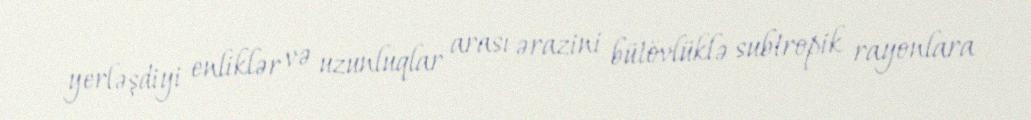
yerləşdiyi enliklər və uzunluqlar arası ərazini bütövlüklə subtropik rayonlara